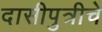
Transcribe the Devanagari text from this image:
दासीपुत्रीचे